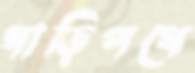
গাড়িপথে